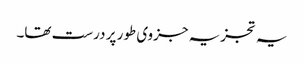
یہ تجزیہ جزوی طور پر درست تھا۔